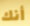
أنك